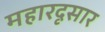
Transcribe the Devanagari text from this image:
महारदृसार